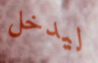
ليدخل